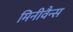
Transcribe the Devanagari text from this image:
मिनीवैन्स